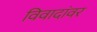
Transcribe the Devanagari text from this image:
विवादांवर